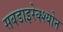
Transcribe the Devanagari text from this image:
सबडाइरेक्श्योन